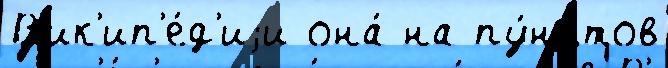
В'ик'ип'е́д'иjи она́ на пу́нктов